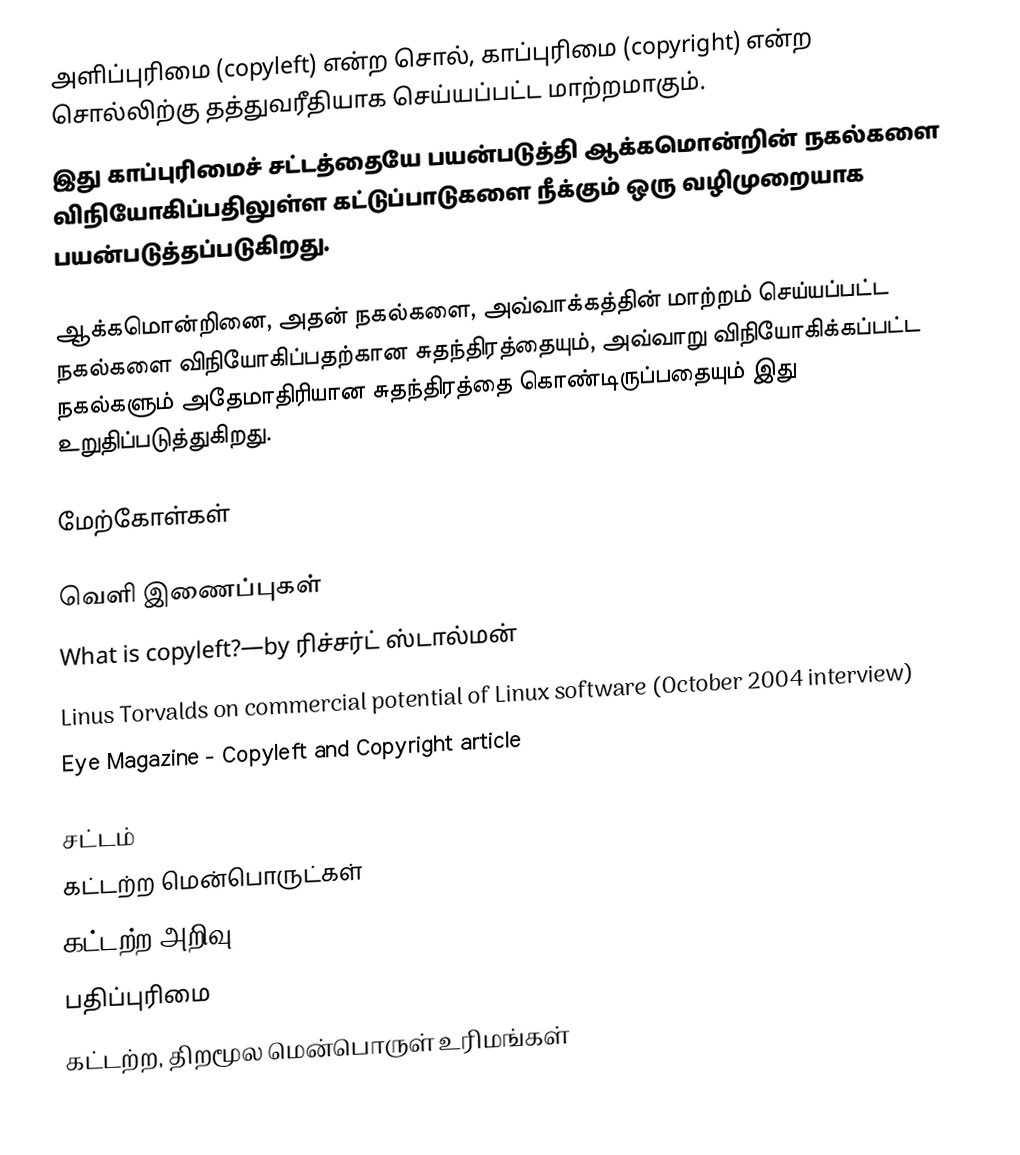
அளிப்புரிமை (copyleft) என்ற சொல், காப்புரிமை (copyright) என்ற சொல்லிற்கு தத்துவரீதியாக செய்யப்பட்ட மாற்றமாகும்.
இது காப்புரிமைச் சட்டத்தையே பயன்படுத்தி ஆக்கமொன்றின் நகல்களை விநியோகிப்பதிலுள்ள கட்டுப்பாடுகளை நீக்கும் ஒரு வழிமுறையாக பயன்படுத்தப்படுகிறது.

ஆக்கமொன்றினை, அதன் நகல்களை, அவ்வாக்கத்தின் மாற்றம் செய்யப்பட்ட நகல்களை விநியோகிப்பதற்கான சுதந்திரத்தையும், அவ்வாறு விநியோகிக்கப்பட்ட நகல்களும் அதேமாதிரியான சுதந்திரத்தை கொண்டிருப்பதையும் இது உறுதிப்படுத்துகிறது.

மேற்கோள்கள்

வெளி இணைப்புகள்
 What is copyleft?—by ரிச்சர்ட் ஸ்டால்மன்
 Linus Torvalds on commercial potential of Linux software (October 2004 interview)
 Eye Magazine - Copyleft and Copyright article

சட்டம்
கட்டற்ற மென்பொருட்கள்
கட்டற்ற அறிவு
பதிப்புரிமை
கட்டற்ற, திறமூல மென்பொருள் உரிமங்கள்